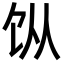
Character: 𬲪